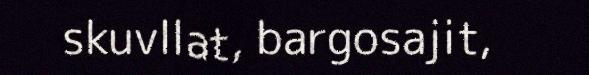
skuvllat, bargosajit,